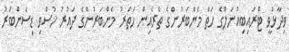
ވިދާޅުވީ ޓްރައިބިއުނަލްގެ ހަތް މެންބަރުންގެ ތެރެއިން ހަތަރު މެންބަރުންގެ ދައުރު ހުސްވި ޑިސެންބަރު